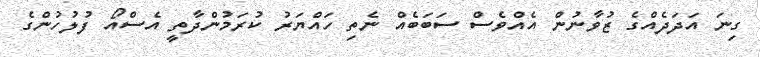
ގިނަ އަދަދެއްގެ ޒުވާނުން އެއްވެސް ސަބަބެއް ނެތި ހައްޔަރު ކުރަމުންދާތީ އެސްއޯ ފުލުހުންގެ